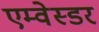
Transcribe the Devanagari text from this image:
एम्वेस्डर